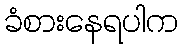
ခံစားနေရပါက